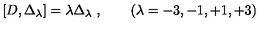
[ D , \Delta _ { \lambda } ] = \lambda \Delta _ { \lambda } \ , \qquad ( \lambda = - 3 , - 1 , + 1 , + 3 )